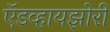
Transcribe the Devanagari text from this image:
ऍडव्हायझोरी